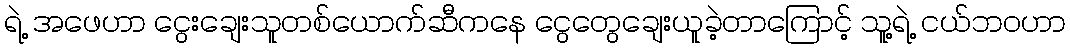
ရဲ့ အဖေဟာ ငွေးချေးသူတစ်ယောက်ဆီကနေ ငွေတွေချေးယူခဲ့တာကြောင့် သူ့ရဲ့ ငယ်ဘဝဟာ